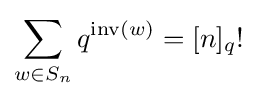
\sum _{w\in S_{n}}q^{{\text{inv}}(w)}=[n]_{q}!